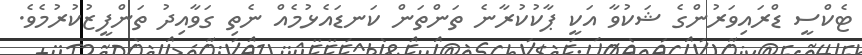
ޓެކްސީ ޑްރައިވަރުންގެ ޝަކުވާ އަކީ ޕާކުކުރާނެ ތަންތަން ކަނޑައެޅުމެއް ނެތި ގަވާއިދު ތަންފީޒުކުރުމެވެ.